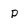
Character: p